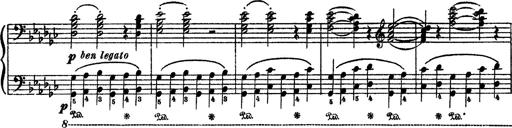
Title: Sarabande und Chaconne aus dem Singspiel
Composer: Franz Liszt